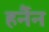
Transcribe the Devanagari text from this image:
हर्नैन